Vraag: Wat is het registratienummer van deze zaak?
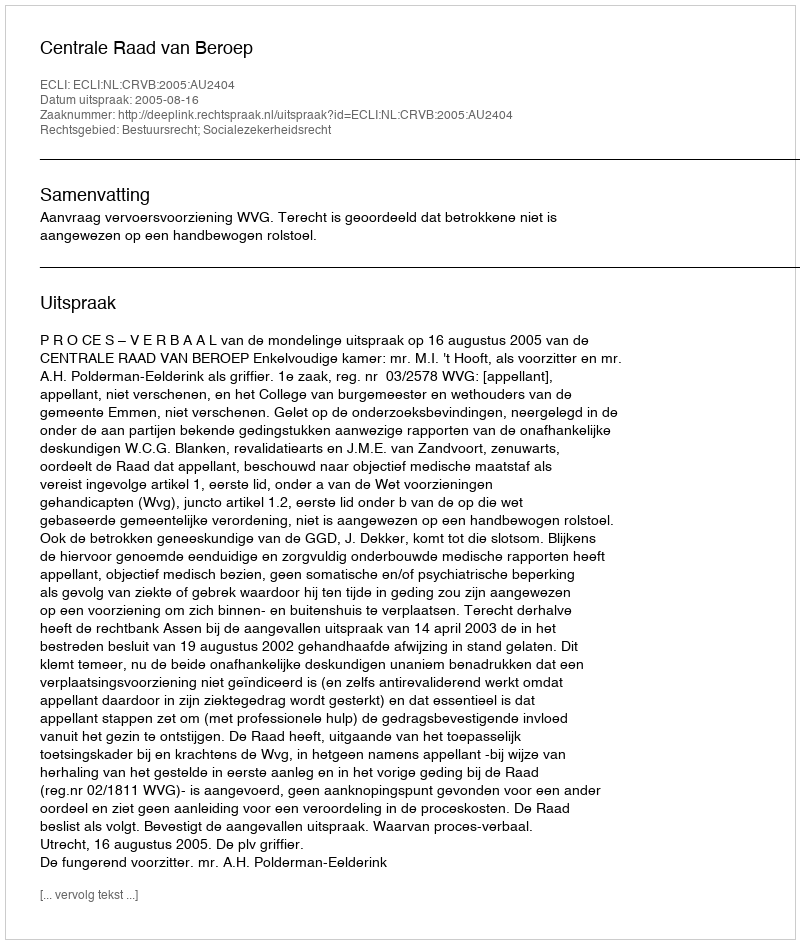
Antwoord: http://deeplink.rechtspraak.nl/uitspraak?id=ECLI:NL:CRVB:2005:AU2404